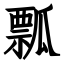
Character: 瓢